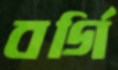
বর্গি